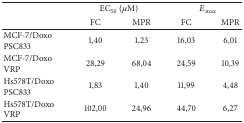
<table><thead><tr><td rowspan="2"><b> </b></td><td colspan="2"><b>EC<sub>50</sub> (<i>μ</i>M)</b></td><td colspan="2"><b><i>E</i><sub>max⁡</sub></b></td></tr><tr><td><b>FC</b></td><td><b>MPR</b></td><td><b>FC</b></td><td><b>MPR</b></td></tr></thead><tbody><tr><td>MCF-7/Doxo PSC833</td><td>1,40</td><td>1,23</td><td>16,03</td><td>6,01</td></tr><tr><td>MCF-7/Doxo VRP</td><td>28,29</td><td>68,04</td><td>24,59</td><td>10,39</td></tr><tr><td>Hs578T/Doxo PSC833</td><td>1,83</td><td>1,40</td><td>11,99</td><td>4,48</td></tr><tr><td>Hs578T/DoxoVRP</td><td>102,00</td><td>24,96</td><td>44,70</td><td>6,27</td></tr></tbody></table>